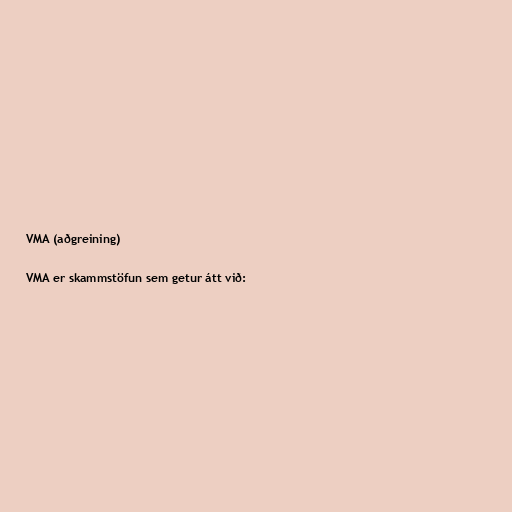
VMA (aðgreining)

VMA er skammstöfun sem getur átt við: